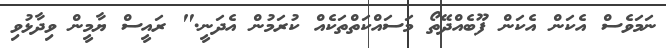
ނަމަވެސް އެކަން އެކަން ފޫބެއްދޭތޯ މަސައްކަތްތަކެއް ކުރަމުން އެދަނީ." ރައީސް ޔާމީން ވިދާޅުވި